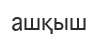
ашқыш